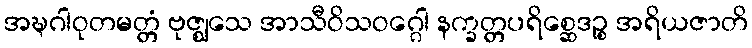
အဍ္ဎဂါဝုတမတ္တံ ဗုဇ္ဈသေ အာသီဝိသဝဂ္ဂေါ နက္ခတ္တပရိစ္ဆေဒဉ္စ အရိယဇာတိ